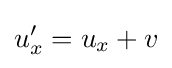
u_{x}'=u_{x}+v